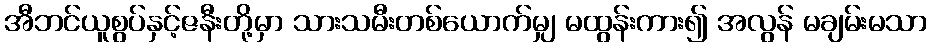
အီဘင်ယူစွပ်နှင့်ဇနီးတို့မှာ သားသမီးတစ်ယောက်မျှ မထွန်းကား၍ အလွန် မချမ်းမသာ